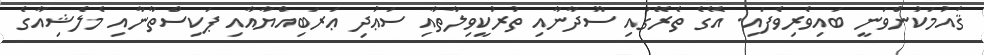
ޤައުމަކުންވަނީ ބައިވެރިވެފައި. އޭގެ ތެރޭގައި ސޫދާނާއި ތުރުކީވިލާތާއި ސަޢުދި ޢަރަބިއްޔާއާއި ޕަކިސްތާނާއި މެލެޝިއާގެ